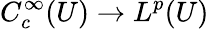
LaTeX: C_{c}^{\infty}(U)\to L^{p}(U)